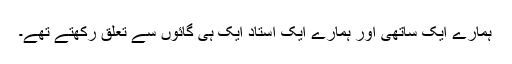
ہمارے ایک ساتھی اور ہمارے ایک استاد ایک ہی گائوں سے تعلق رکھتے تھے۔